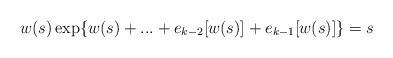
\begin{align*}w(s)\exp\{w(s)+...+e_{k-2}[w(s)]+e_{k-1}[w(s)]\} = s\end{align*}